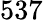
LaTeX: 537